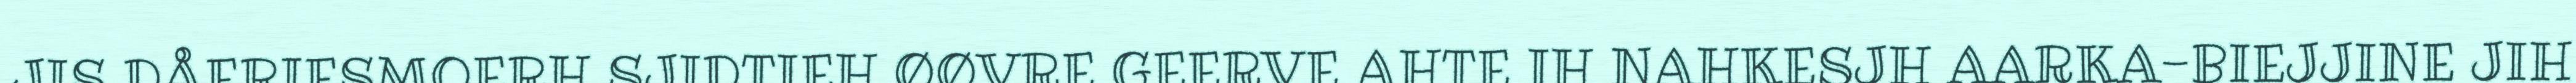
JIS DÅERIESMOERH SJIDTIEH ØØVRE GEERVE AHTE IH NAHKESJH AARKA-BIEJJINE JIH